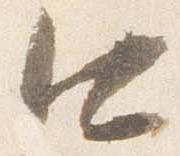
口